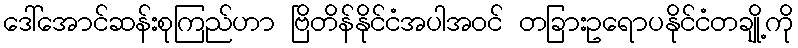
ဒေါ်အောင်ဆန်းစုကြည်ဟာ ဗြိတိန်နိုင်ငံအပါအဝင် တခြားဥရောပနိုင်ငံတချို့ကို